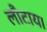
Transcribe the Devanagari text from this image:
लौटाय।